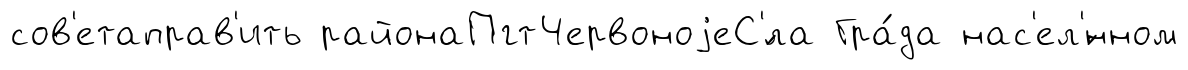
сов'етаправ'ить районаПгтЧервоноjеС'́ла Гра́да нас'ел'́нном